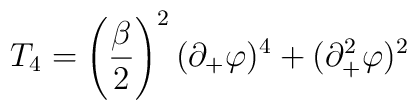
T_{4}=\left(\frac{\beta}{2}\right)^{2}(\partial_{+}\varphi)^{4}+(\partial_{+}^{2}\varphi)^{2}